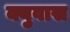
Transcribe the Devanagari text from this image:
क्युवास